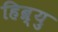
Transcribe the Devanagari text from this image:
हिब्र्यु